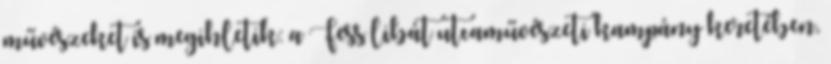
művészeket is megihletik: a Fess libát utcaművészeti kampány keretében,